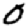
Digit: 0